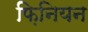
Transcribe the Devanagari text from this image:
फ़िनियन